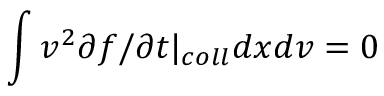
\int v ^ { 2 } \partial f / \partial t \rvert _ { c o l l } d x d v = 0